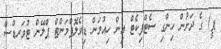
ޕީ) ގެ ދަށުން ހިންގި ސެޓްފިކެޓް އިން ހިއުމަން ޑިވެލޮޕްމަންޓް ޕްލޭން ޓުވަރޑްސް